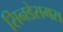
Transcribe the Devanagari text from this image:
सिनडेसमस